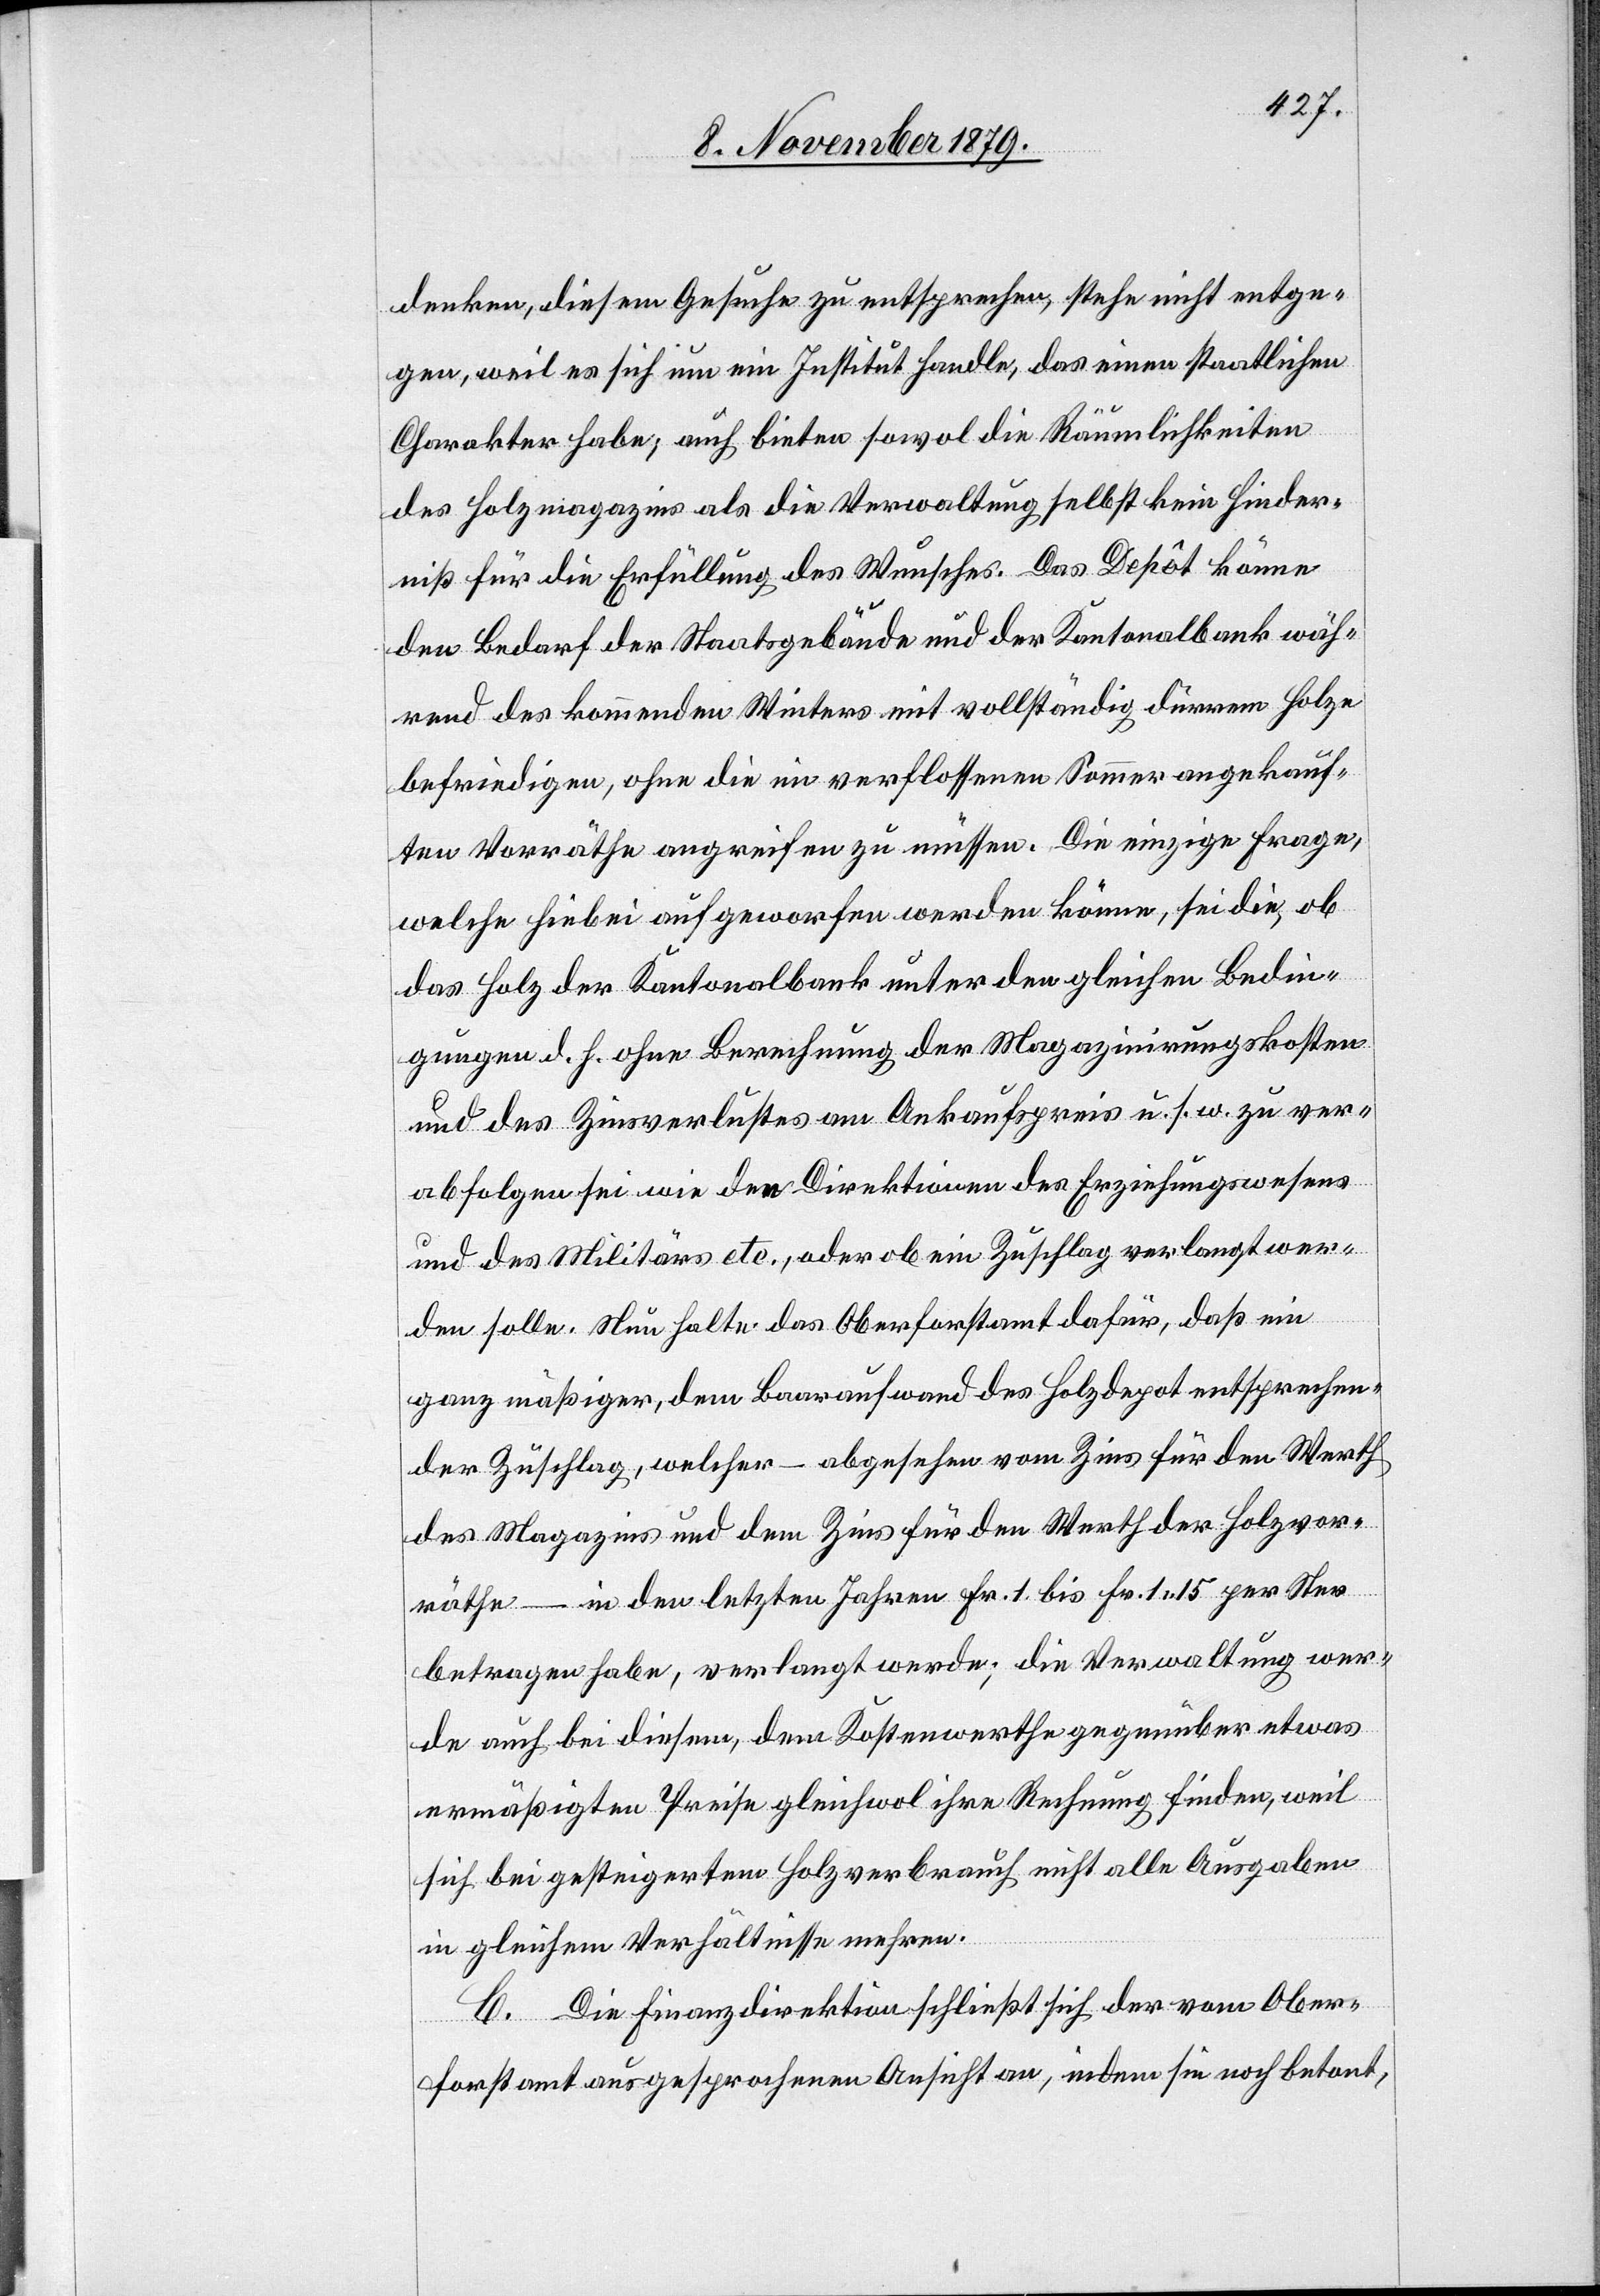
denken, diesem Gesuche zu entsprechen, stehe nicht entge¬
gen, weil es sich um ein Institut handle, das einen staatlichen
Charakter habe, auch bieten sowol die Räumlichkeiten
des Holzmagazins als die Verwaltung selbst kein Hinder¬
niß für die Erfüllung des Wunsches. Das Depôt könne
den Bedarf der Staatsgebäude und der Kantonalbank wäh¬
rend des kommenden Winters mit vollständig dürrem Holze
befriedigen, ohne die im verflossenen Sommer angekauf¬
ten Vorräthe angreifen zu müssen. Die einzige Frage,
welche hiebei aufgeworfen werden könne, sei die, ob
das Holz der Kantonalbank unter den gleichen Bedin¬
gungen d. h. ohne Berechnung der Magazinirungskosten
und des Zinsverlustes am Ankaufspreis u. s. w. zu ver¬
abfolgen sei wie den Direktionen des Erziehungswesens
und des Militärs etc., oder ob ein Zuschlag verlangt wer¬
den solle. Neu halte das Oberforstamt dafür, daß ein
ganz mäßiger, dem Baaraufwand des Holzdepot entsprechen¬
der Zuschlag, welcher – abgesehen vom Zins für den Werth
des Magazins und dem Zins für den Werth der Holzvor¬
räthe – in den letzten Jahren Fr. 1 bis Fr. 1 15 per Ster
betragen habe, verlangt wurde; die Verwaltung wer¬
de auch bei diesem, dem Kostenwerthe gegenüber etwas
ermäßigten Preise gleichwol ihre Rechnung finden, weil
sich bei gesteigertem Holzverbrauch nicht alle Ausgaben
in gleichem Verhältnisse mehren.
C. Die Finanzdirektion schließt sich der vom Ober¬
forstamt ausgesprochenen Ansicht an, indem sie noch betont,